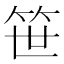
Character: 笹